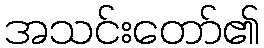
အသင်းတော်၏